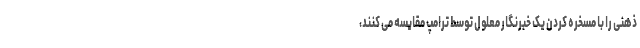
ذهنی را با مسخره کردن یک خبرنگار معلول توسط ترامپ مقایسه می کنند،